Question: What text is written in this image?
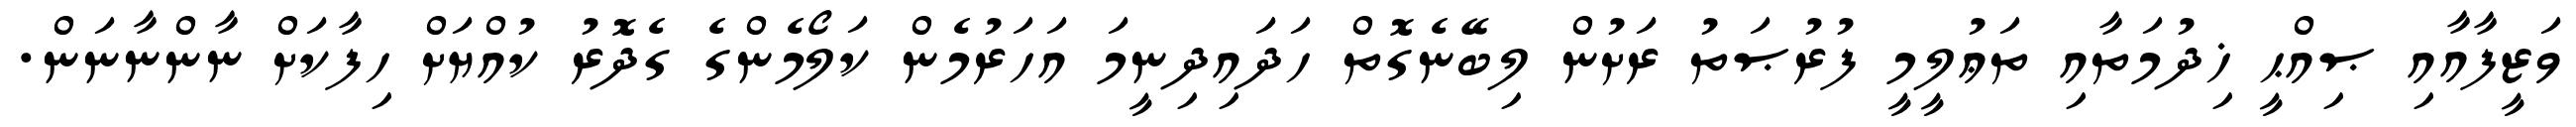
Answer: ވަޒީފާއާއި ޞިއްޙީ ޚިދުމަތާއި ތަޢުލީމީ ފުރުޞަތު ރަށުން ލިބޭނެގޮތް ހަދައިދިނީމަ އަހަރުމެން ކަލޯމެންގެ ގެދޮރު ކުއްޔަށް ހިފާކަށް ނާންނާނަން.